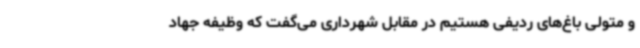
و متولی باغ‌های ردیفی هستیم در مقابل شهرداری می‌گفت که وظیفه جهاد